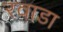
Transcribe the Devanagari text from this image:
रवाडा